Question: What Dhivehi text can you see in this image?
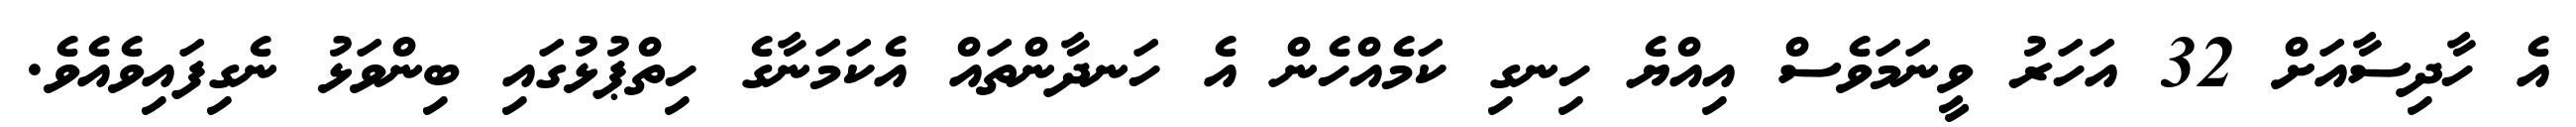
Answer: އެ ހާދިސާއަށް 32 އަހަރު ވީނަމަވެސް އިއްޔެ ހިނގި ކަމެއްހެން އެ ހަނދާންތައް އެކަމަނާގެ ހިތްޕުޅުގައި ބިންވަޅު ނެގިފައިވެއެވެ.